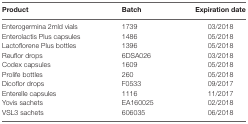
<table><thead><tr><td><b>Product</b></td><td><b>Batch</b></td><td><b>Expiration date</b></td></tr></thead><tbody><tr><td>Enterogermina 2mld vials</td><td>1739</td><td>03/2018</td></tr><tr><td>Enterolactis Plus capsules</td><td>1486</td><td>05/2018</td></tr><tr><td>Lactoflorene Plus bottles</td><td>1396</td><td>05/2018</td></tr><tr><td>Reuflor drops</td><td>6DSA026</td><td>03/2018</td></tr><tr><td>Codex capsules</td><td>1609</td><td>05/2018</td></tr><tr><td>Prolife bottles</td><td>260</td><td>05/2018</td></tr><tr><td>Dicoflor drops</td><td>F0533</td><td>09/2017</td></tr><tr><td>Enterelle capsules</td><td>1116</td><td>11/2017</td></tr><tr><td>Yovis sachets</td><td>EA160025</td><td>02/2018</td></tr><tr><td>VSL3 sachets</td><td>606035</td><td>06/2018</td></tr></tbody></table>